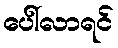
ပေါ်လာရင်